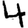
Digit: 4